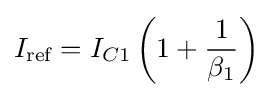
I_{\text{ref}}=I_{C1}\left(1+{\frac {1}{\beta _{1}}}\right)